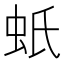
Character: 蚔